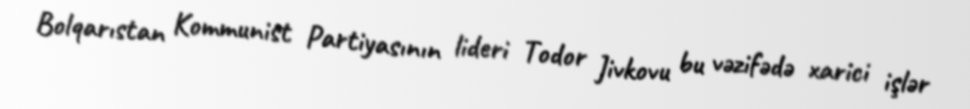
Bolqarıstan Kommunist Partiyasının lideri Todor Jivkovu bu vəzifədə xarici işlər